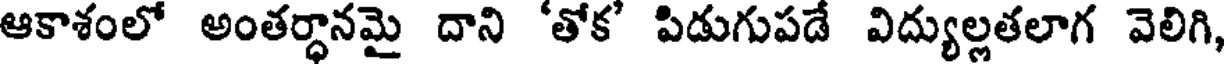
ఆకాశంలో అంతర్ధానమై దాని 'తోక' పిడుగుపడే విద్యుల్లతలాగ వెలిగి,